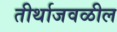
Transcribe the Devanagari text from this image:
तीर्थाजवळील